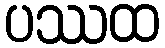
ပဿထ